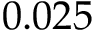
0 . 0 2 5